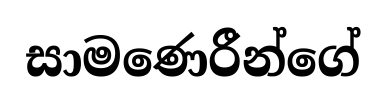
සාමණෙරීන්ගේ